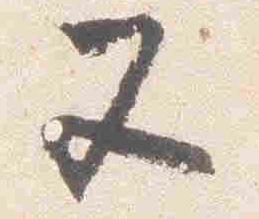
又